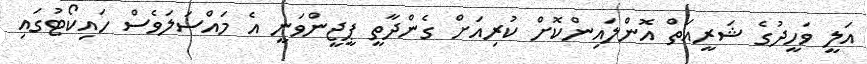
އަލީ ވަހީދުގެ ޝަރީއަތް އޮންލައިންކޮށް ކުރިއަށް ގެންދާތީ ޕީޖީންވަނީ އެ މައްސަލަވެސް ހައިކޯޓުގައި